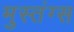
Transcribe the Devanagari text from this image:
मुस्तंग्स